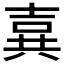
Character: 𪞉